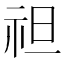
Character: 𥘵